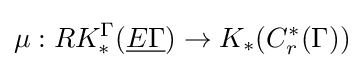
\mu :RK_{*}^{\Gamma }({\underline {E\Gamma }})\to K_{*}(C_{r}^{*}(\Gamma ))